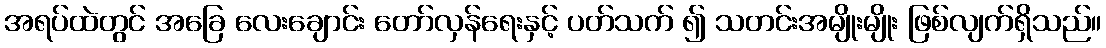
အရပ်ထဲတွင် အခြေ လေးချောင်း တော်လှန်ရေးနှင့် ပတ်သက် ၍ သတင်းအမျိုးမျိုး ဖြစ်လျက်ရှိသည်။